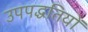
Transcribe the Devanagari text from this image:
उपपद्धतियों